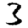
Digit: 3